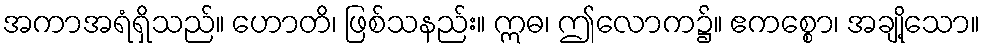
အကာအရံရှိသည်။ ဟောတိ၊ ဖြစ်သနည်း။ ဣဓ၊ ဤလောက၌။ ဧကစ္စော၊ အချို့သော။